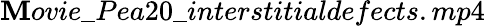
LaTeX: \mathbf{M}ovie\_ Pea20\_ interstitialdefects.mp4